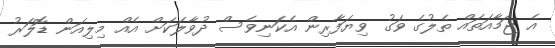
އެ ޖަމާއަތައް ތެލުގެ ވަގު ވިޔަފާރިން އެކަނިވެސް ދުވާލަކަށް އެއް މިލިއަން ޑޮލަރު